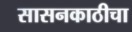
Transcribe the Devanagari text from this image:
सासनकाठीचा